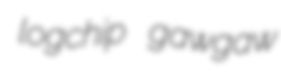
logchip gawgaw